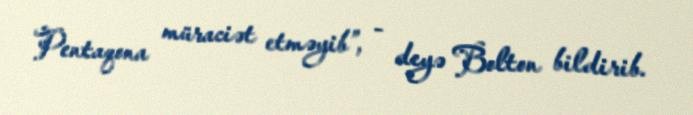
Pentaqona müraciət etməyib”, - deyə Bolton bildirib.